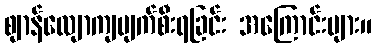
ဈာန်လျောကျပျက်စီးရခြင်း အကြောင်းများ။